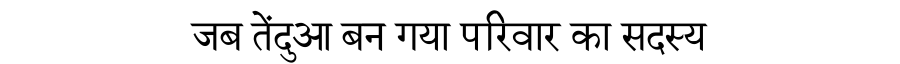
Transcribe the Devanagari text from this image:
जब तेंदुआ बन गया परिवार का सदस्य